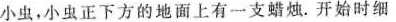
小虫，小虫正下方的地面上有一支蜡烛。开始时细